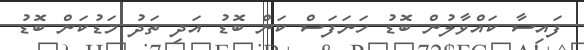
ފައިސާ ކައްވާލުން ބޮޑު ހަނަފަސް ކަން ބޮޑު އަދި ތަދު މަޑުކަން ބޮޑު